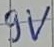
Text: 9V